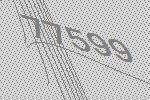
77599